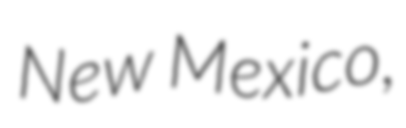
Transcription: New Mexico,